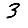
Digit: 3